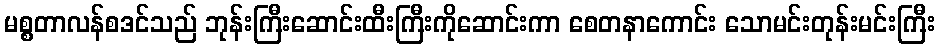
မစ္စတာလန်စဒင်သည် ဘုန်းကြီးဆောင်းထီးကြီးကိုဆောင်းကာ စေတနာကောင်း သောမင်းတုန်းမင်းကြီး